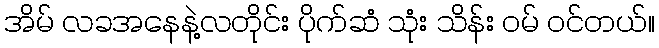
အိမ် လခအနေနဲ့လတိုင်း ပိုက်ဆံ သုံး သိန်း ဝမ် ဝင်တယ်။